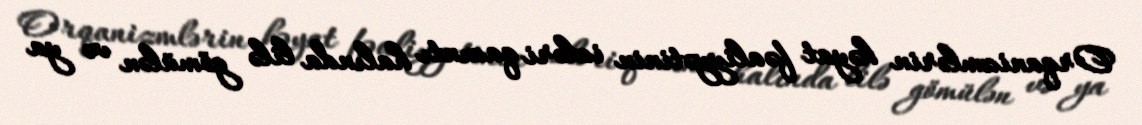
Orqanizmlərin həyat fəaliyyətinin izləri qazıntı halında lilə gömülən və ya